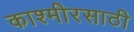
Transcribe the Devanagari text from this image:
काश्मीरसाठी